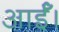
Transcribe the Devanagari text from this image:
आईँ।